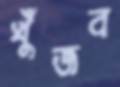
খুঁজব